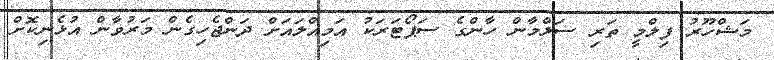
މަޝްހޫރު ފިލްމީ ތަރި ސަލްމާން ހާންގެ ސަޕޯޓަރަކު އަމިއްލައަށް ދަންޖެހިގެން މަރުވާން އުޅެނިކޮށް